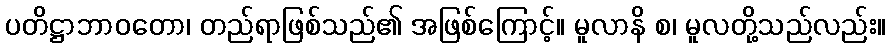
ပတိဋ္ဌာဘာဝတော၊ တည်ရာဖြစ်သည်၏ အဖြစ်ကြောင့်။ မူလာနိ စ၊ မူလတို့သည်လည်း။